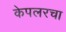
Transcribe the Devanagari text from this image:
केपलरचा